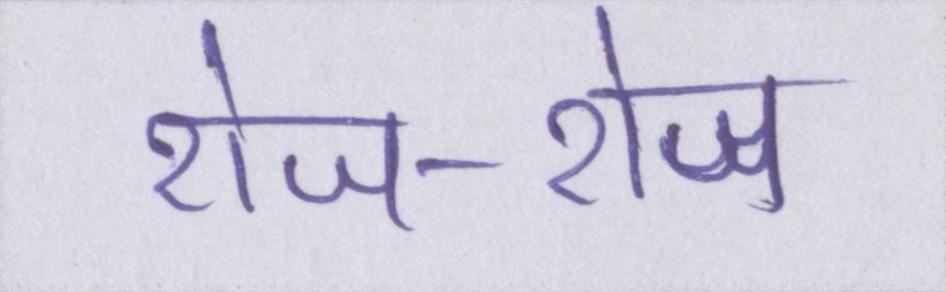
रोज-रोज